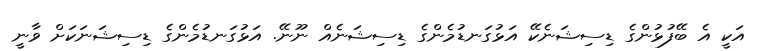
އަކީ އެ ބޭފުޅުންގެ ޑިސިޝަނެކޭ އަޅުގަނޑުމެންގެ ޑިސިޝަނެއް ނޫނޭ. އަޅުގަނޑުމެންގެ ޑިސިޝަނަކަށް ވާނީ